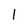
Character: 1